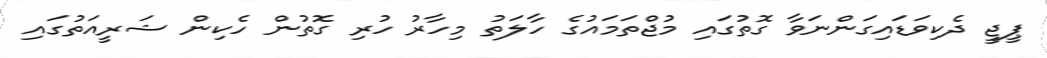
ޕީޖީ ދެކިވަޑައިގަންނަވާ ގޮތުގައި މުޖްތަމައުގެ ހާލަތު މިހާރު ހުރި ގޮތުން ހެކިން ޝަރީއަތުގައި